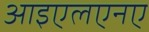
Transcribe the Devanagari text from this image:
आइएलएनए